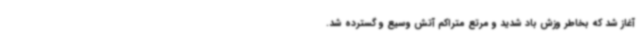
آغاز شد که بخاطر وزش باد شدید و مرتع متراکم آتش وسیع و گسترده شد.